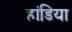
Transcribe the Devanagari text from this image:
हांडिया